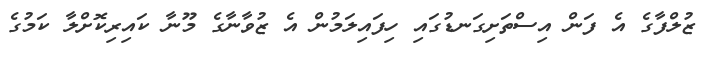
ޒުލްފާގެ އެ ފަން އިސްތަށިގަނޑުގައި ހިފައިލަމުން އެ ޒުވާނާގެ މޫނާ ކައިރިކޮށްލާ ކަމުގެ